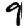
Digit: 9